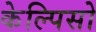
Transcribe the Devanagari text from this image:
केल्पिसो